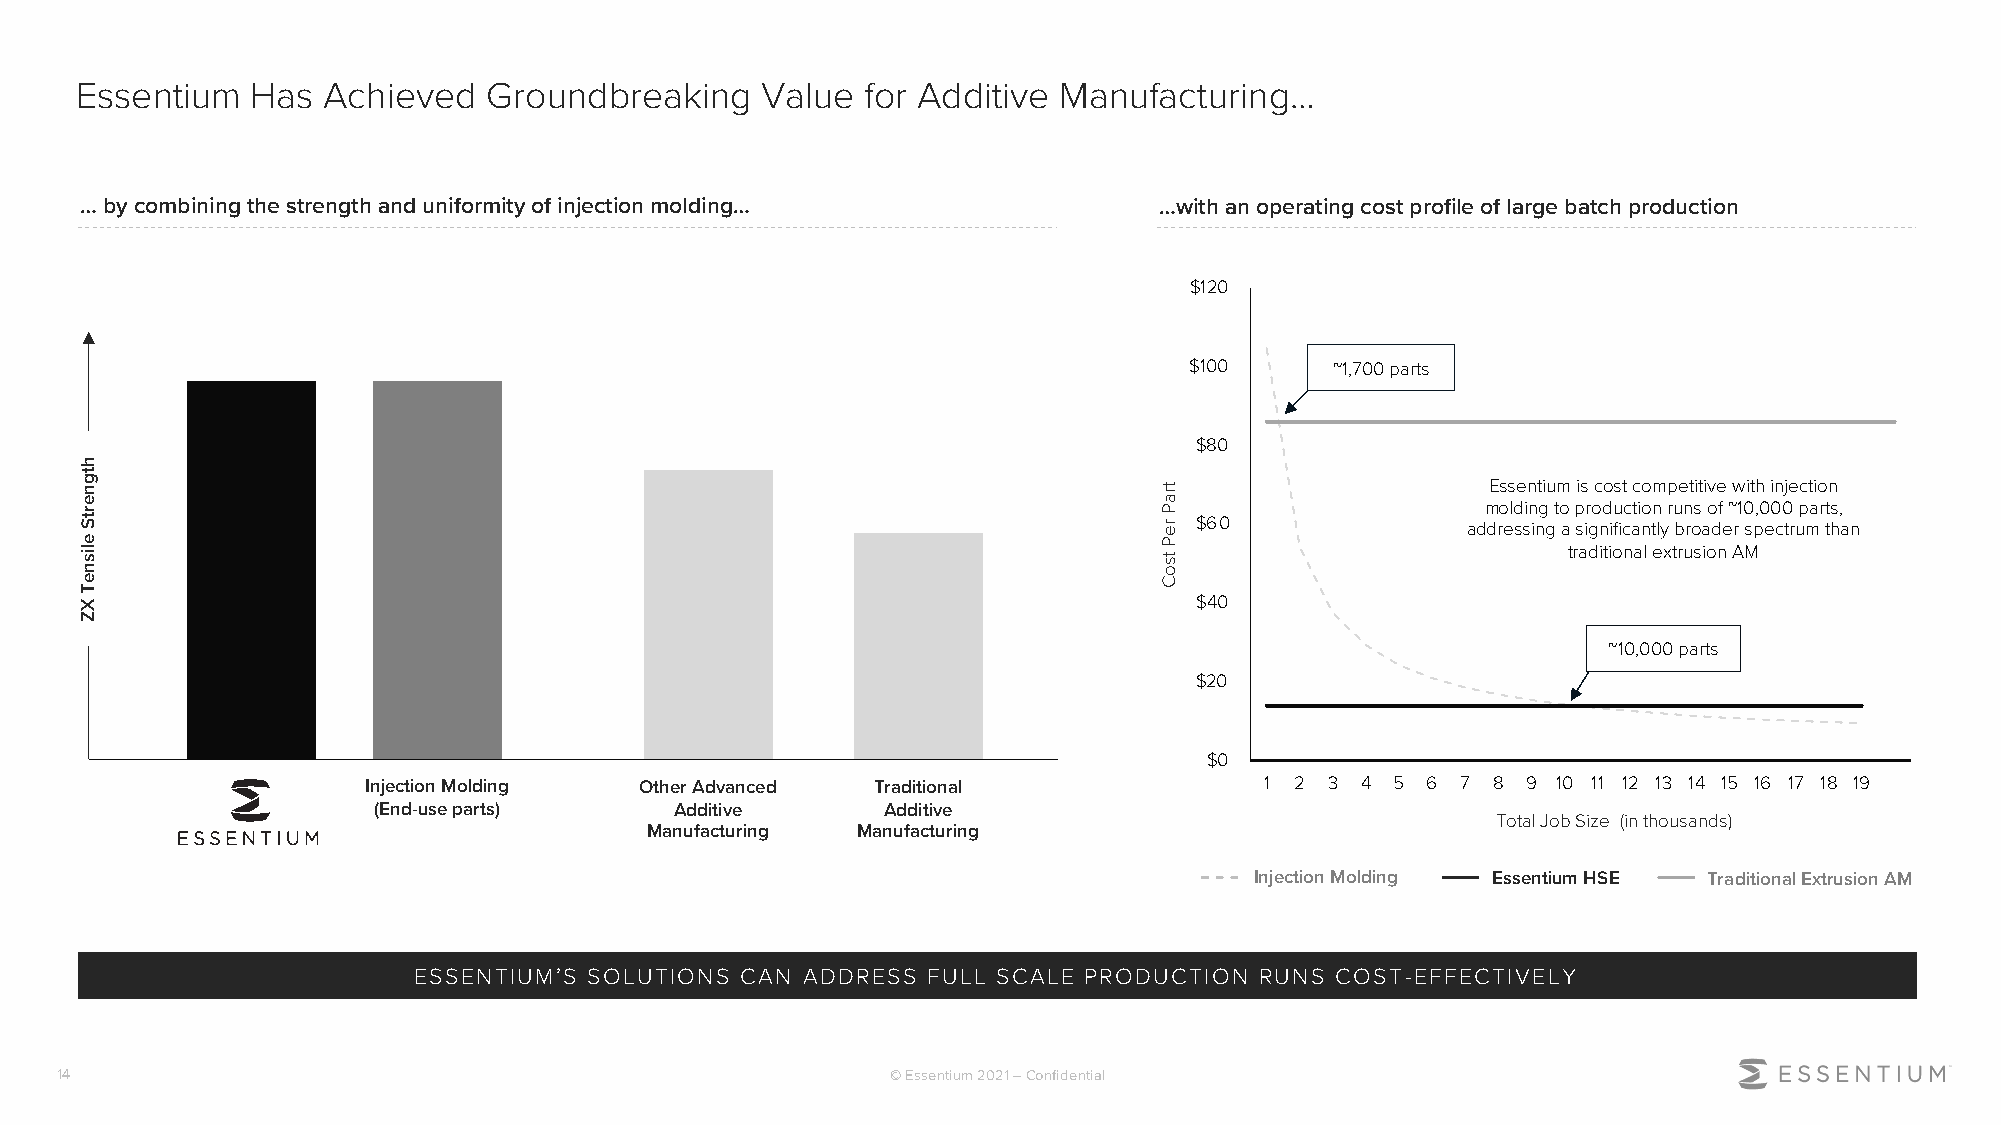
Essentium   Has Achieved   Groundbreaking    Value  for Additive Manufacturing…
 … by combining the strength and uniformity of injection molding…        …with an operating cost profile of large batch production
 $120
 $100     ~1,700 parts
 $80
 Essentium is cost competitive with injection
 molding to production runs of ~10,000 parts,
 $60               addressing a significantly broader spectrum than
 traditional extrusion AM
 $40
 ~10,000 parts
 $20
 $0
 Injection Molding Other Advanced  Traditional               1 2 3 4 5 6  7 8 9 10 11 12 13 14 15 16 17 18 19
 (End-use parts)     Additive     Additive
 Total Job Size (in thousands)
 Manufacturing Manufacturing
 Injection Molding Essentium HSE Traditional Extrusion AM
 ESSENTIUM’S SOLUTIONS CAN ADDRESS FULL SCALE PRODUCTION RUNS COST-EFFECTIVELY
 14                                                     © Essentium 2021 –Confidential
 htgnertS
 elisneT
 XZ
 traP
 reP
 tsoC